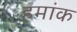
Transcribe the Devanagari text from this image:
हमांक